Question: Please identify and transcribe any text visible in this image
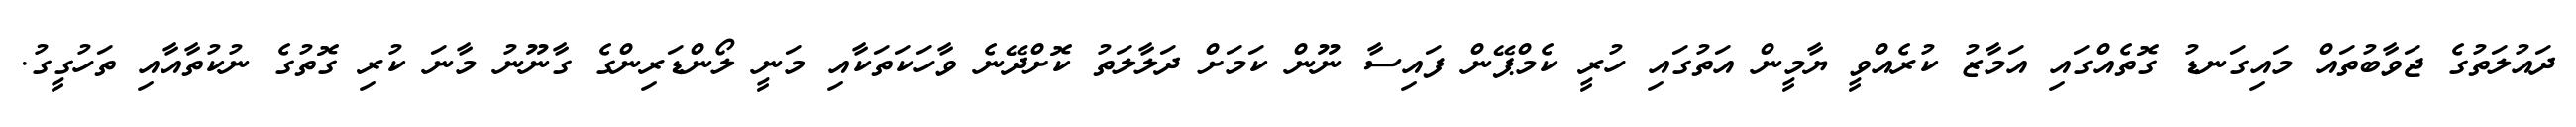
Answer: ދައުލަތުގެ ޖަވާބުތައް މައިގަނޑު ގޮތެއްގައި އަމާޒު ކުރެއްވީ ޔާމީން އަތުގައި ހުރީ ކެމްޕޭން ފައިސާ ނޫން ކަމަށް ދަލާލަތު ކޮށްދޭނެ ވާހަކަތަކާއި މަނީ ލޯންޑަރިންގެ ގާނޫނު މާނަ ކުރި ގޮތުގެ ނުކުތާއާއި ތަހުގީގު.